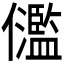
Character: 𠑈